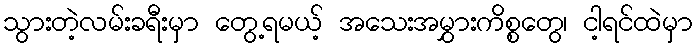
သွားတဲ့လမ်းခရီးမှာ တွေ့ရမယ့် အသေးအမွှားကိစ္စတွေ၊ ငါ့ရင်ထဲမှာ